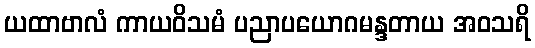
ယထာဗာလံ ကာယဝိသမံ ပညာပယောဂမန္ဒတာယ အဝသရိ